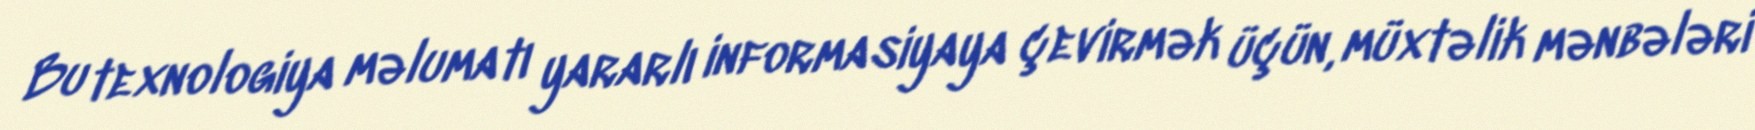
Bu texnologiya məlumatı yararlı informasiyaya çevirmək üçün, müxtəlik mənbələri